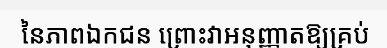
នៃភាពឯកជន ព្រោះវាអនុញ្ញាតឱ្យគ្រប់